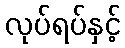
လုပ်ရပ်နှင့်